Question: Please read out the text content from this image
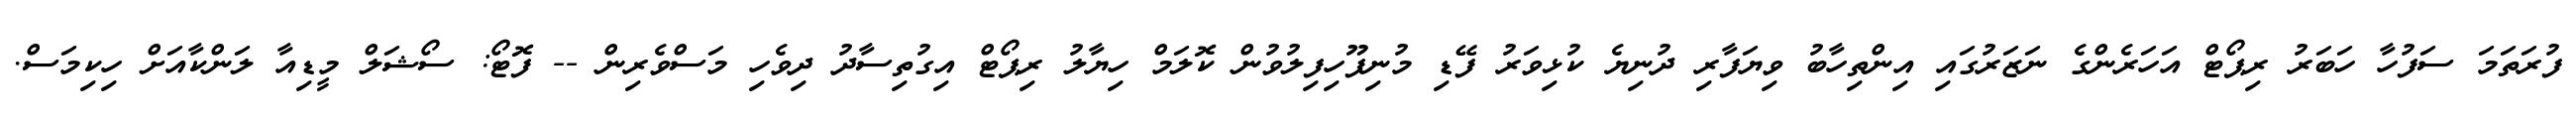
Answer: ފުރަތަމަ ސަފުހާ ހަބަރު ރިޕޯޓް އަހަރެންގެ ނަޒަރުގައި އިންތިހާބު ވިޔަފާރި ދުނިޔެ ކުޅިވަރު ފޭޑި މުނިފޫހިފިލުވުން ކޮލަމް ހިޔާލު ރިޕޯޓް އިގުތިސާދު ދިވެހި މަސްވެރިން -- ފޮޓޯ: ސޯޝަލް މީޑިއާ ލަންކާއަށް ހިކިމަސް.